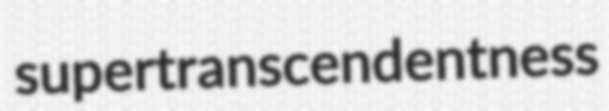
supertranscendentness